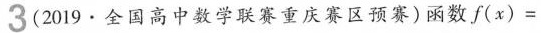
3(2019·全国高中数学联赛重庆赛区预赛)函数$$f ( x ) =